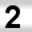
Digit: 2